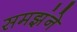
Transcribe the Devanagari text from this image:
समझंने